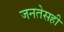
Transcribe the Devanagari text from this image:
जनतेसही